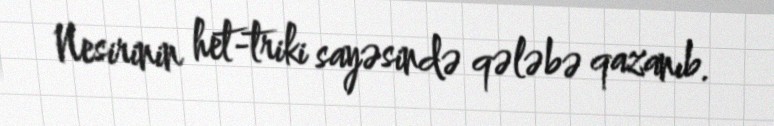
Nesirinin het-triki sayəsində qələbə qazanıb.